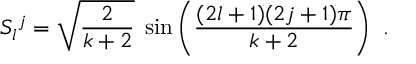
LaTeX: S _ { l } { } ^ { j } = \sqrt { \frac { 2 } { k + 2 } } \; \sin \left( \frac { ( 2 l + 1 ) ( 2 j + 1 ) \pi } { k + 2 } \right) \ .